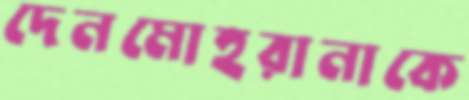
দেনমোহরানাকে